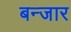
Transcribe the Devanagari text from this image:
बन्जार